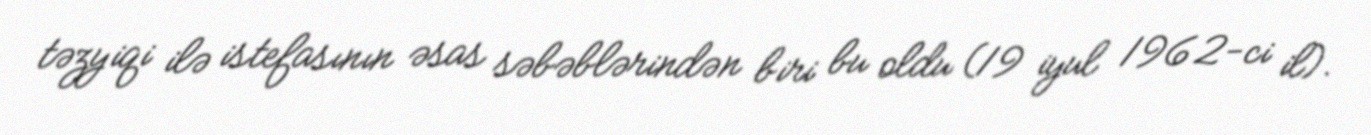
təzyiqi ilə istefasının əsas səbəblərindən biri bu oldu (19 iyul 1962-ci il).